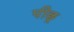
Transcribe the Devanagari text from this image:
पीछ्र